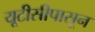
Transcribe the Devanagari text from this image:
यूटीसीपासून